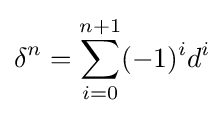
\delta ^{n}=\sum _{i=0}^{n+1}(-1)^{i}d^{i}